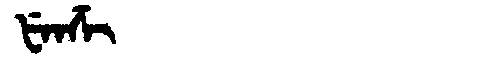
Manchu: ᡶᡝᠨᡯᡳ
Romanization: FENDZI